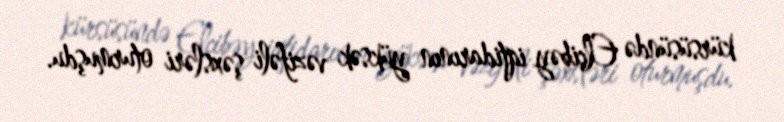
kürsüsündə Elçibəy iqtidarının yüksək vəzifəli şəxsləri oturmuşdu.